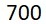
700